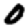
Digit: 0